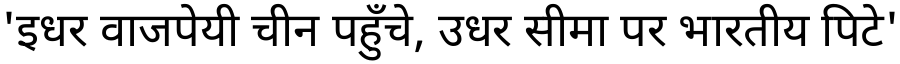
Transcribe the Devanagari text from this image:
'इधर वाजपेयी चीन पहुँचे, उधर सीमा पर भारतीय पिटे'